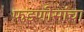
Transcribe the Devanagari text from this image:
फडणीसांचा